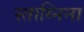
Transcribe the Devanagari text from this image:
स्ताग्निना